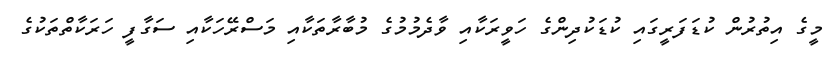
މީގެ އިތުރުން ކުޑަފަރީގައި ކުޑަކުދިންގެ ހަވީރަކާއި ވާދެމުމުގެ މުބާރާތަކާއި މަސްރޭހަކާއި ސަގާފީ ހަރަކާތްތަކުގެ